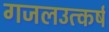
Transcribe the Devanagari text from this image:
गजलउत्कर्ष